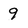
Character: 9